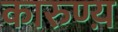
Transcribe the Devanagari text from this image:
कारुण्य़